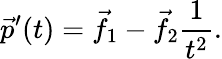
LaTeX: {\vec{p}}^{\prime}(t)={\vec{f}}_{1}-{\vec{f}}_{2}{\frac{1}{t^{2}}}.